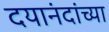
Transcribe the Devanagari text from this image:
दयानंदांच्या